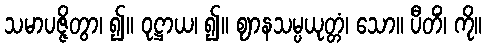
သမာပဇ္ဇိတွာ၊ ၍။ ဝုဋ္ဌာယ၊ ၍။ ဈာနသမ္ပယုတ္တံ၊ သော။ ပီတိံ၊ ကို။